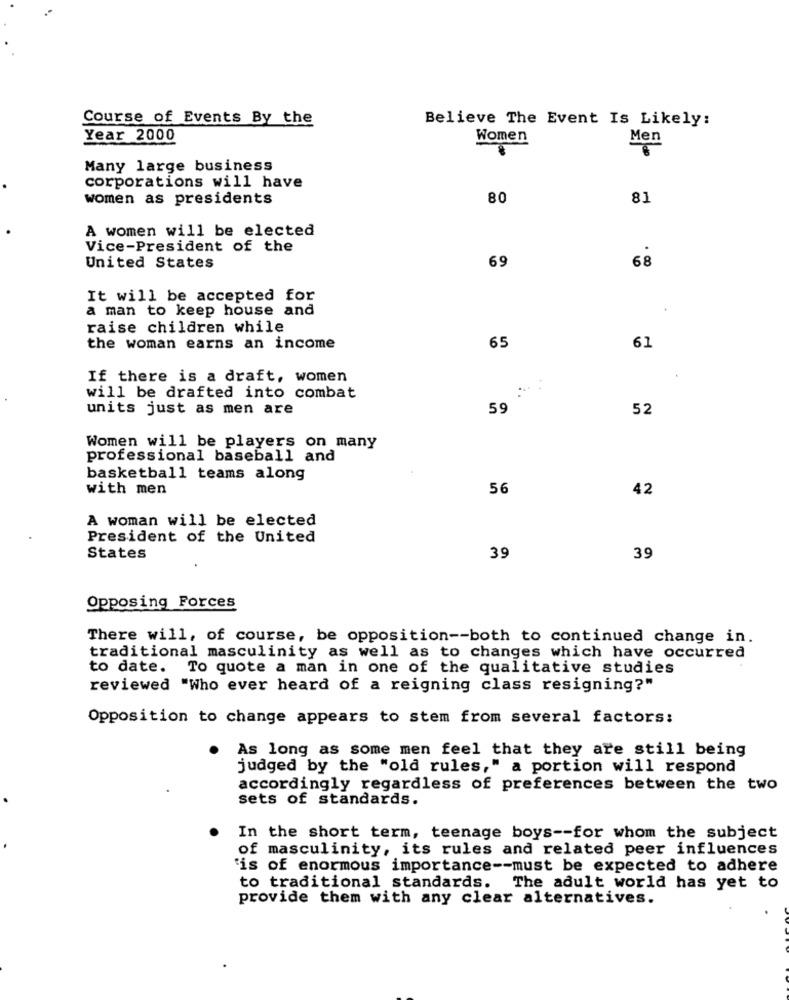
Course of Events By the
Believe The Event Is Likely:
Year 2000
Women
Men
Many large business
corporations will have
women as presidents
80
81
A women will be elected
Vice-President of the
United States
69
68
It will be accepted for
a man to keep house and
raise children while
the woman earns an income
65
61
If there is a draft, women
will be drafted into combat
units just as men are
59
52
Women will be players on many
professional baseball and
basketball teams along
with men
56
42
A woman will be elected
President of the United
States
39
39
Opposing Forces
There will, of course, be opposition -- both to continued change in.
traditional masculinity as well as to changes which have occurred
to date. To quote a man in one of the qualitative studies
reviewed "Who ever heard of a reigning class resigning?"
Opposition to change appears to stem from several factors:
As long as some men feel that they are still being
judged by the "old rules," a portion will respond
accordingly regardless of preferences between the two
sets of standards.
In the short term, teenage boys -- for whom the subject
of masculinity, its rules and related peer influences
'is of enormous importance -- must be expected to adhere
to traditional standards. The adult world has yet to
provide them with any clear alternatives.